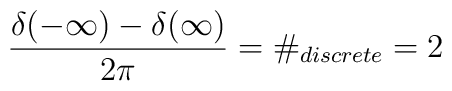
\frac{\delta (-\infty )-\delta (\infty )}{2\pi }=\#_{discrete}=2